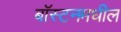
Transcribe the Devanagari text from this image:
बॉस्टनमधील